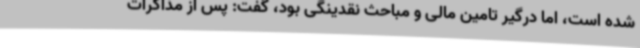
شده است، اما درگیر تامین مالی و مباحث نقدینگی بود، گفت: پس از مذاکرات